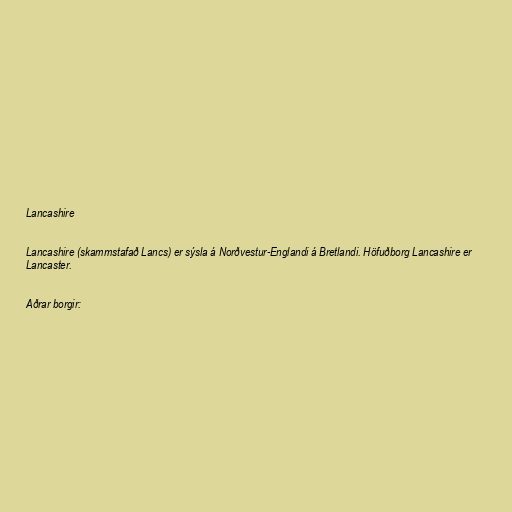
Lancashire

Lancashire (skammstafað Lancs) er sýsla á Norðvestur-Englandi á Bretlandi. Höfuðborg Lancashire er
Lancaster.

Aðrar borgir: